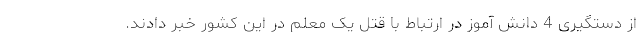
از دستگیری 4 دانش آموز در ارتباط با قتل یک معلم در این کشور خبر دادند.